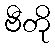
ဗီတို